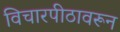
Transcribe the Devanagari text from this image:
विचारपीठावरून